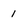
Character: 1